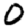
Digit: 0